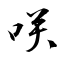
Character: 咲